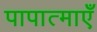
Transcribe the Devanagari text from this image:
पापात्माएँ